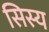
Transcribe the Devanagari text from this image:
सिस्य